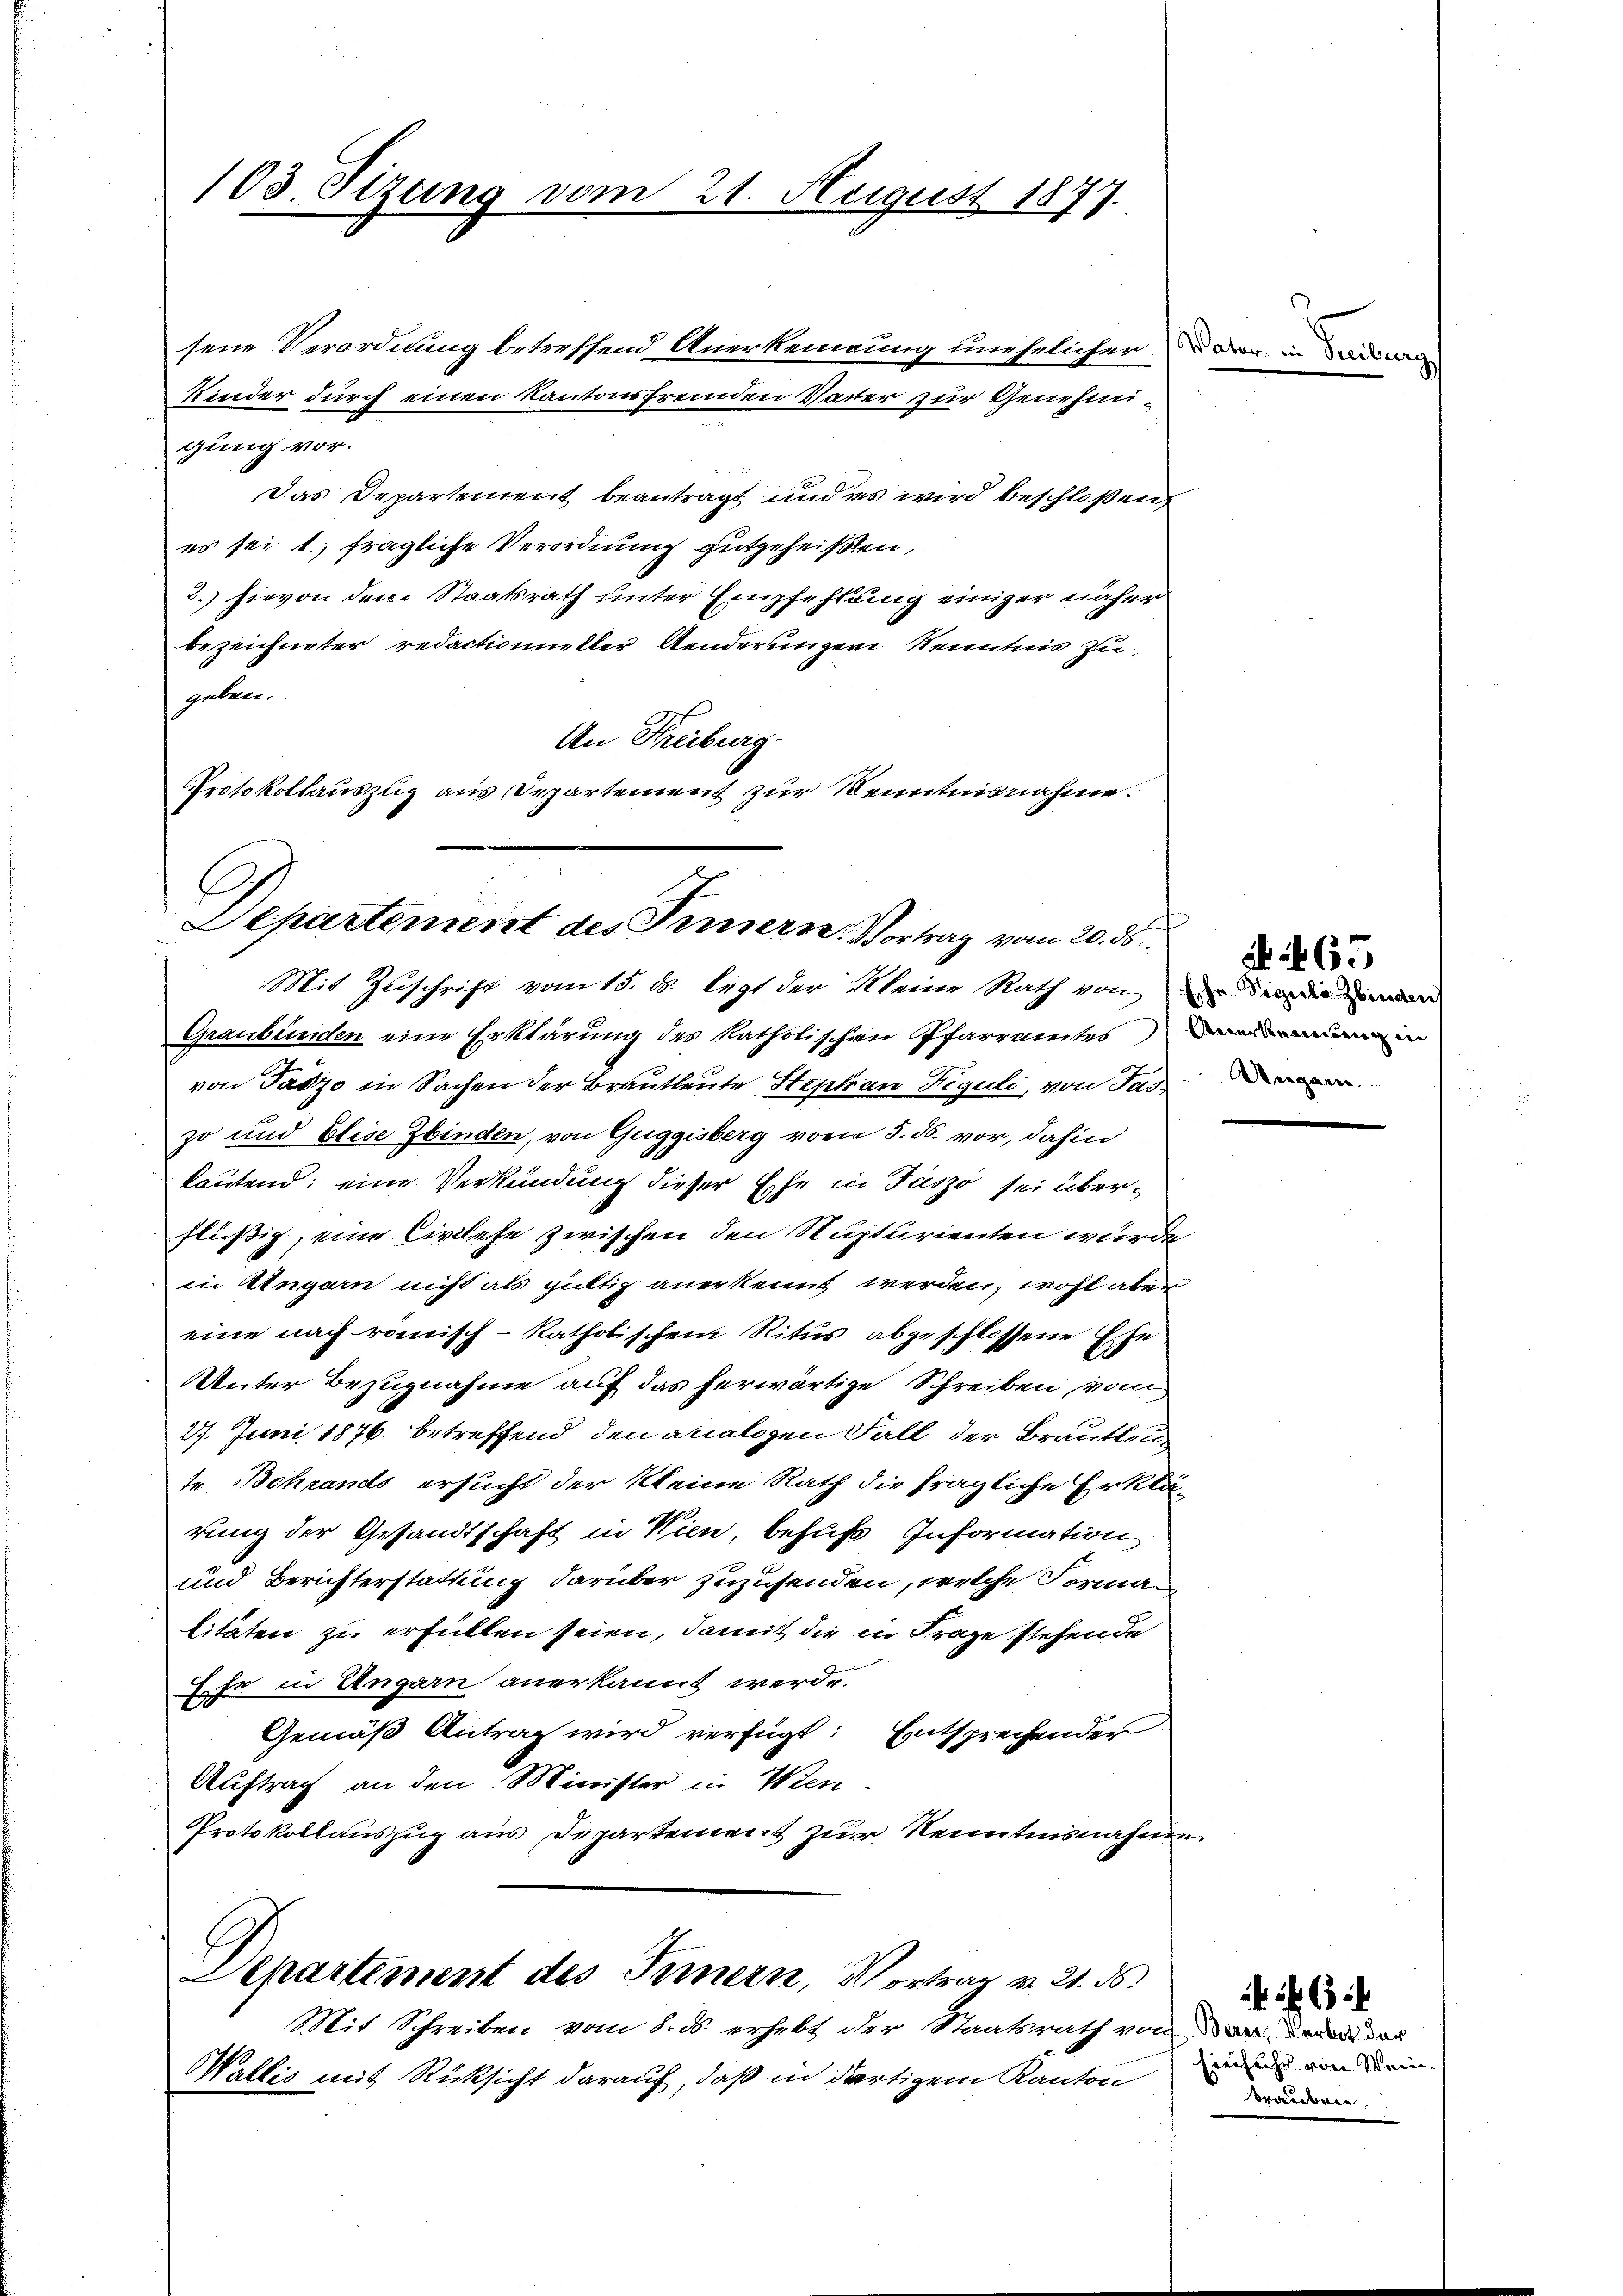
103. Sizung vom 21. August 1877.

sene Verordnung betreffend Anerkennung unehelicher¬
Kinder durch einen Kantonsfremden Vatter zur Genehmigung vor.
Das Departement beantragt und es wird beschloßen
es sei 1; fragliche Verordnung gutgeheißen,
2.) hievon dem Staatsrath unter Empfehlung einiger näher
bezeichneter redactionieller Aenderungen Kenntnis zu
geben.
An Freiburg.
Protokollauszug aus Departement zur Kenntnisnahme.

Departement des Innern Vortrag vom 20. ds.

Graubünden eine Erklärung des katholischen Pfarramtes
von Tadzo in Sachen der Brautleute Stephan Figuli, von Fas-
zo und Elise Zbinden, von Guggisberg vom 5. ds. vor, dahin
kautend; eine Verkündung dieser Ehe in Fuszo sei überflüssig, eine Civilehe zwischen den Nupturienten wurde
in Ungarn nicht als gültig anerkennt werden, wohl aber
eine nach römisch-katholischem Ritus abgeschlossene Ehe.
Unter Bezugnahme auf das herwärtige Schreiben vom
27. Juni 1876 betreffend den analogen Fall der Brautleu
te Bohrands ersucht der kleine Rath die fragliche Erklärung der Gesandtschaft in Wien, behufs Information
und Berichterstattung darüber zuzusenden, welche Formalitäten zu erfüllen seien, damit die in Frage stehende
ehr in Ungarn anerkannt werde.
Gemäß Antrag wird verfügt: Entsprechender
Auftrag an den Minister in Wen
Protokollauszug aus Departement zur Kenntnisnahmen
Departement des Fernern, Vortrag v. 21. ds.
Mit Schreiben vom 8. ds. erhebt der Staatsrath von der derade das
Wallis mit Rücksicht darauf, daß in dartigem Kanton

Mit Zŭschrift vom 15. ds. legt der Kleine Rath von

Eche Vigili-Zbinden
Unterbeneinung in
Aegare

a

65

Einfuhr von Weinbräuber,